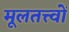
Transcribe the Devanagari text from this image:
मूलतत्त्वों